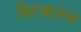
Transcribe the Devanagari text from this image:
विरक्तच